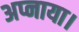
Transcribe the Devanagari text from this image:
अप्नाया।